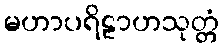
မဟာပရိဠာဟသုတ္တံ